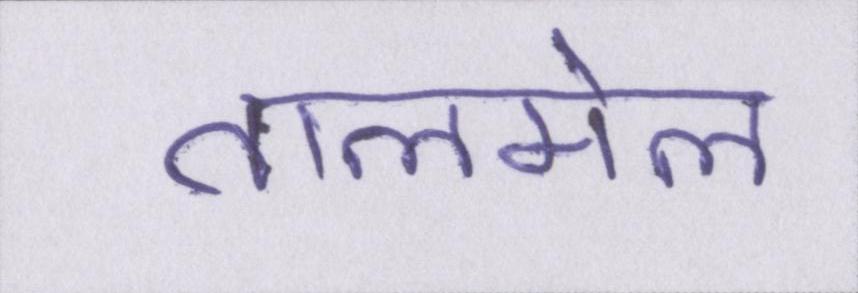
तालमेल